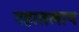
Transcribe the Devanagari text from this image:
महातलाय